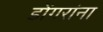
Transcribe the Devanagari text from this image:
डोंगरांना